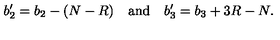
b _ { 2 } ^ { \prime } = b _ { 2 } - ( N - R ) \quad \mathrm { a n d } \quad b _ { 3 } ^ { \prime } = b _ { 3 } + 3 R - N .